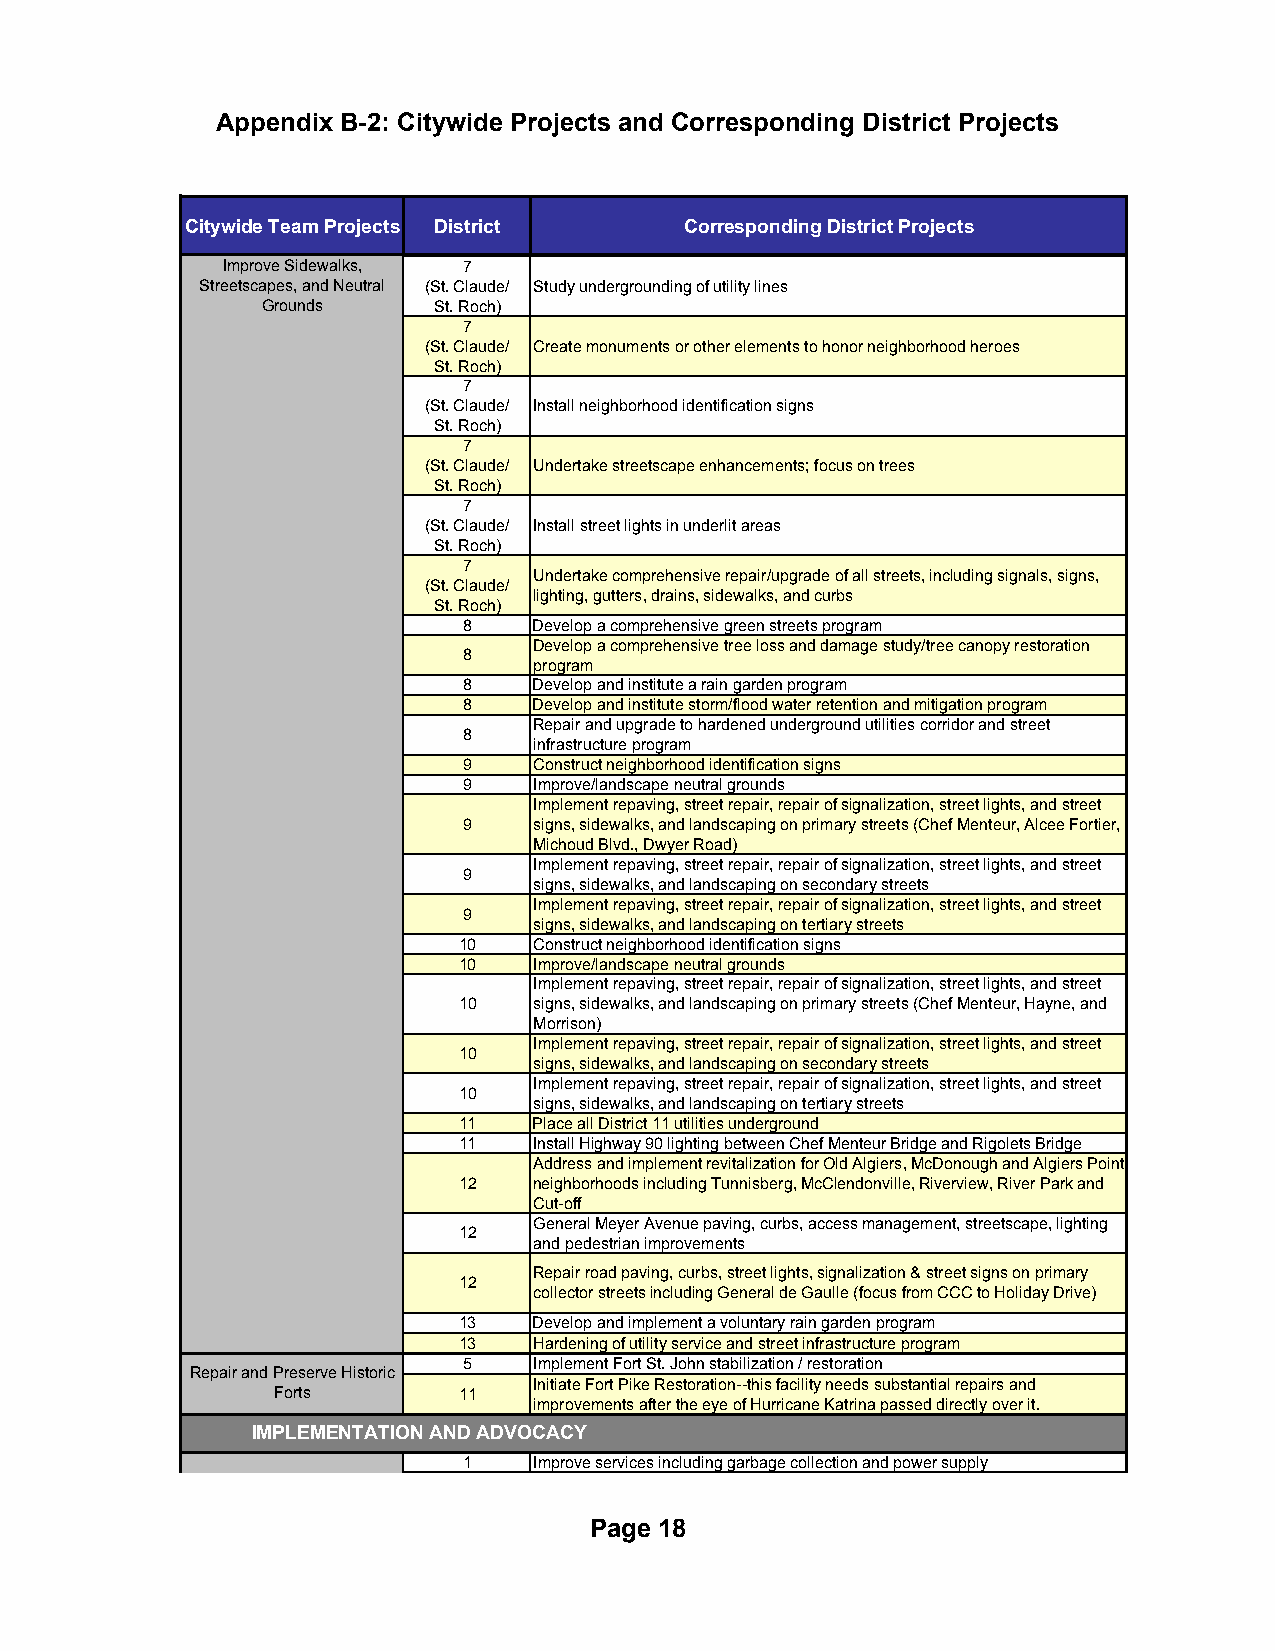
Appendix B-2: Citywide Projects and Corresponding District Projects
 Citywide Team Projects District  Corresponding District Projects
 Improve Sidewalks, 7
 Streetscapes, and Neutral (St. Claude/ Study undergrounding of utility lines
 Grounds     St. Roch)
 7
 (St. Claude/ Create monuments or other elements to honor neighborhood heroes
 St. Roch)
 7
 (St. Claude/ Install neighborhood identification signs
 St. Roch)
 7
 (St. Claude/ Undertake streetscape enhancements; focus on trees
 St. Roch)
 7
 (St. Claude/ Install street lights in underlit areas
 St. Roch)
 7
 Undertake comprehensive repair/upgrade of all streets, including signals, signs,
 (St. Claude/
 lighting, gutters, drains, sidewalks, and curbs
 St. Roch)
 8   Develop a comprehensive green streets program
 Develop a comprehensive tree loss and damage study/tree canopy restoration
 8
 program
 8   Develop and institute a rain garden program
 8   Develop and institute storm/flood water retention and mitigation program
 Repair and upgrade to hardened underground utilities corridor and street
 8
 infrastructure program
 9   Construct neighborhood identification signs
 9   Improve/landscape neutral grounds
 Implement repaving, street repair, repair of signalization, street lights, and street
 9   signs, sidewalks, and landscaping on primary streets (Chef Menteur, Alcee Fortier,
 Michoud Blvd., Dwyer Road)
 Implement repaving, street repair, repair of signalization, street lights, and street
 9
 signs, sidewalks, and landscaping on secondary streets
 Implement repaving, street repair, repair of signalization, street lights, and street
 9
 signs, sidewalks, and landscaping on tertiary streets
 10   Construct neighborhood identification signs
 10   Improve/landscape neutral grounds
 Implement repaving, street repair, repair of signalization, street lights, and street
 10   signs, sidewalks, and landscaping on primary streets (Chef Menteur, Hayne, and
 Morrison)
 Implement repaving, street repair, repair of signalization, street lights, and street
 10
 signs, sidewalks, and landscaping on secondary streets
 Implement repaving, street repair, repair of signalization, street lights, and street
 10
 signs, sidewalks, and landscaping on tertiary streets
 11   Place all District 11 utilities underground
 11   Install Highway 90 lighting between Chef Menteur Bridge and Rigolets Bridge
 Address and implement revitalization for Old Algiers, McDonough and Algiers Point
 12   neighborhoods including Tunnisberg, McClendonville, Riverview, River Park and
 Cut-off
 General Meyer Avenue paving, curbs, access management, streetscape, lighting
 12
 and pedestrian improvements
 Repair road paving, curbs, street lights, signalization & street signs on primary
 12
 collector streets including General de Gaulle (focus from CCC to Holiday Drive)
 13   Develop and implement a voluntary rain garden program
 13   Hardening of utility service and street infrastructure program
 5   Implement Fort St. John stabilization / restoration
 Repair and Preserve Historic
 Initiate Fort Pike Restoration--this facility needs substantial repairs and
 Forts       11
 improvements after the eye of Hurricane Katrina passed directly over it.
 IMPLEMENTATION AND ADVOCACY
 1   Improve services including garbage collection and power supply
 Page 18